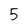
Character: 5